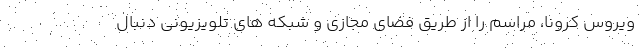
ویروس کرونا، مراسم را از طریق فضای مجازی و شبکه های تلویزیونی دنبال